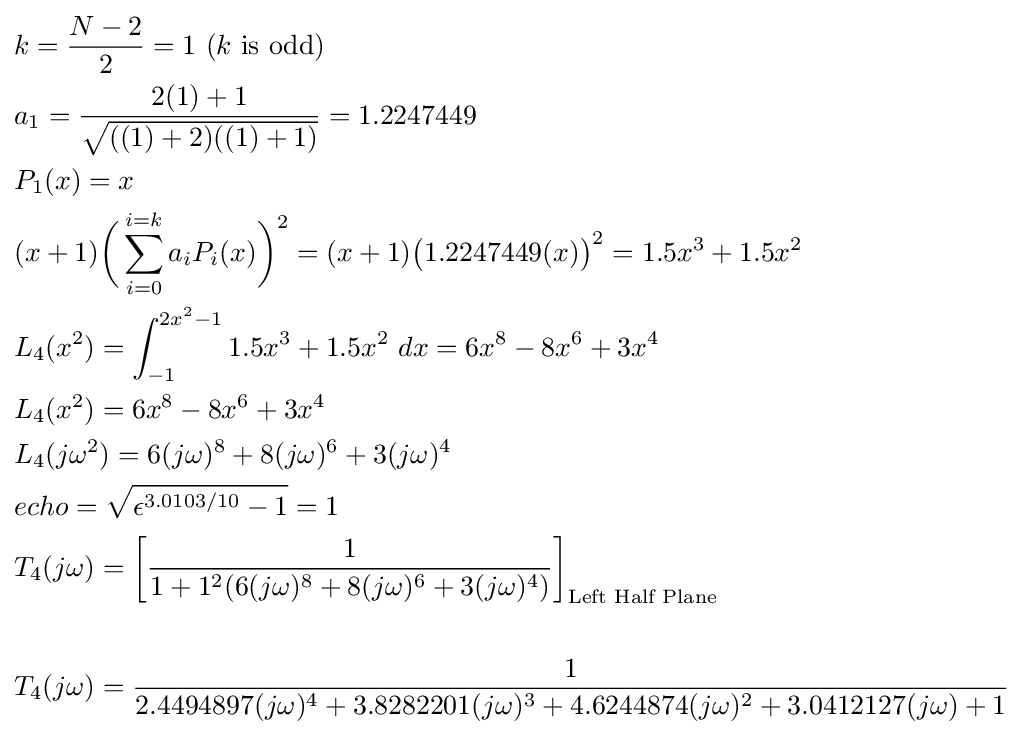
{\begin{aligned}&k={\frac {N-2}{2}}=1{\text{ (}}k{\text{ is odd)}}\\&a_{1}={\frac {2(1)+1}{\sqrt {((1)+2)((1)+1)}}}=1.2247449\\&P_{1}(x)=x\\&(x+1){\bigg (}\sum _{i=0}^{i=k}a_{i}P_{i}(x){\bigg )}^{2}=(x+1){\bigr (}1.2247449(x){\bigr )}^{2}=1.5x^{3}+1.5x^{2}\\&L_{4}(x^{2})=\int _{-1}^{2x^{2}-1}1.5x^{3}+1.5x^{2}{\text{ }}dx=6x^{8}-8x^{6}+3x^{4}\\&L_{4}(x^{2})=6x^{8}-8x^{6}+3x^{4}\\&L_{4}(j\omega ^{2})=6(j\omega )^{8}+8(j\omega )^{6}+3(j\omega )^{4}\\&echo={\sqrt {\epsilon ^{3.0103/10}-1}}=1\\&T_{4}(j\omega )={\bigg [}{\frac {1}{1+1^{2}(6(j\omega )^{8}+8(j\omega )^{6}+3(j\omega )^{4})}}{\bigg ]}_{\text{Left Half Plane}}\\&\\&T_{4}(j\omega )={\frac {1}{2.4494897(j\omega )^{4}+3.8282201(j\omega )^{3}+4.6244874(j\omega )^{2}+3.0412127(j\omega )+1}}\end{aligned}}